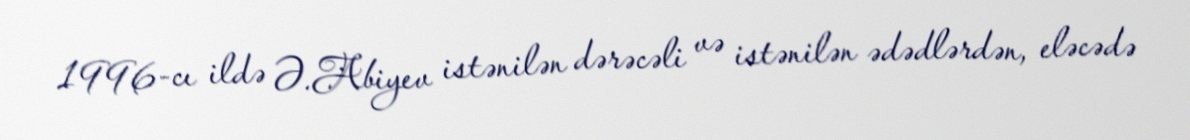
1996-cı ildə Ə.Abiyev istənilən dərəcəli və istənilən ədədlərdən, eləcədə